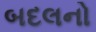
બદલનો